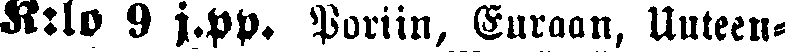
K:lo 9 j.pp. Poriin, Euraan, Uuteen-